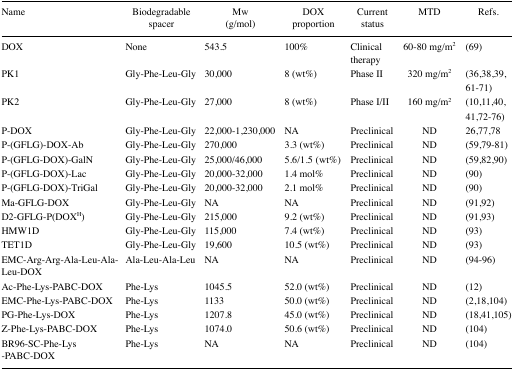
<table><thead><tr><td><b>Name</b></td><td><b>Biodegradable spacer</b></td><td><b>Mw (g/mol)</b></td><td><b>DOX proportion</b></td><td><b>Current status</b></td><td><b>MTD</b></td><td><b>Refs.</b></td></tr></thead><tbody><tr><td>DOX</td><td>None</td><td>543.5</td><td>100%</td><td>Clinical therapy</td><td>60–80 mg/m<sup>2</sup></td><td>(69)</td></tr><tr><td>PK1</td><td>Gly-Phe-Leu-Gly</td><td>30,000</td><td>8 (wt%)</td><td>Phase II</td><td>320 mg/m<sup>2</sup></td><td>(36,38,39, 61–71)</td></tr><tr><td>PK2</td><td>Gly-Phe-Leu-Gly</td><td>27,000</td><td>8 (wt%)</td><td>Phase I/II</td><td>160 mg/m<sup>2</sup></td><td>(10,11,40, 41,72–76)</td></tr><tr><td>P-DOX</td><td>Gly-Phe-Leu-Gly</td><td>22,000–1,230,000</td><td>NA</td><td>Preclinical</td><td>ND</td><td>26,77,78</td></tr><tr><td>P-(GFLG)-DOX-Ab</td><td>Gly-Phe-Leu-Gly</td><td>270,000</td><td>3.3 (wt%)</td><td>Preclinical</td><td>ND</td><td>(59,79–81)</td></tr><tr><td>P-(GFLG-DOX)-GalN</td><td>Gly-Phe-Leu-Gly</td><td>25,000/46,000</td><td>5.6/1.5 (wt%)</td><td>Preclinical</td><td>ND</td><td>(59,82,90)</td></tr><tr><td>P-(GFLG-DOX)-Lac</td><td>Gly-Phe-Leu-Gly</td><td>20,000–32,000</td><td>1.4 mol%</td><td>Preclinical</td><td>ND</td><td>(90)</td></tr><tr><td>P-(GFLG-DOX)-TriGal</td><td>Gly-Phe-Leu-Gly</td><td>20,000–32,000</td><td>2.1 mol%</td><td>Preclinical</td><td>ND</td><td>(90)</td></tr><tr><td>Ma-GFLG-DOX</td><td>Gly-Phe-Leu-Gly</td><td>NA</td><td>NA</td><td>Preclinical</td><td>ND</td><td>(91,92)</td></tr><tr><td>D2-GFLG-P(DOX<sup>H</sup>)</td><td>Gly-Phe-Leu-Gly</td><td>215,000</td><td>9.2 (wt%)</td><td>Preclinical</td><td>ND</td><td>(91,93)</td></tr><tr><td>HMW1D</td><td>Gly-Phe-Leu-Gly</td><td>115,000</td><td>7.4 (wt%)</td><td>Preclinical</td><td>ND</td><td>(93)</td></tr><tr><td>TET1D</td><td>Gly-Phe-Leu-Gly</td><td>19,600</td><td>10.5 (wt%)</td><td>Preclinical</td><td>ND</td><td>(93)</td></tr><tr><td>EMC-Arg-Arg-Ala-Leu-Ala-Leu-DOX</td><td>Ala-Leu-Ala-Leu</td><td>NA</td><td>NA</td><td>Preclinical</td><td>ND</td><td>(94–96)</td></tr><tr><td>Ac-Phe-Lys-PABC-DOX</td><td>Phe-Lys</td><td>1045.5</td><td>52.0 (wt%)</td><td>Preclinical</td><td>ND</td><td>(12)</td></tr><tr><td>EMC-Phe-Lys-PABC-DOX</td><td>Phe-Lys</td><td>1133</td><td>50.0 (wt%)</td><td>Preclinical</td><td>ND</td><td>(2,18,104)</td></tr><tr><td>PG-Phe-Lys-DOX</td><td>Phe-Lys</td><td>1207.8</td><td>45.0 (wt%)</td><td>Preclinical</td><td>ND</td><td>(18,41,105)</td></tr><tr><td>Z-Phe-Lys-PABC-DOX</td><td>Phe-Lys</td><td>1074.0</td><td>50.6 (wt%)</td><td>Preclinical</td><td>ND</td><td>(104)</td></tr><tr><td>BR96-SC-Phe-Lys-PABC-DOX</td><td>Phe-Lys</td><td>NA</td><td>NA</td><td>Preclinical</td><td>ND</td><td>(104)</td></tr></tbody></table>